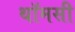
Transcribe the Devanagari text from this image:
थॉमसी